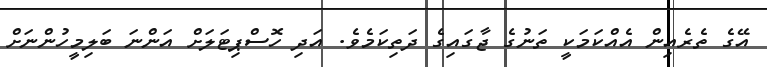
އޭގެ ތެރެއިން އެއްކަމަކީ ތަނުގެ ޖާގައިގެ ދަތިކަމެވެ. އަދި ހޮސްޕިޓަލަށް އަންނަ ބަލިމީހުންނަށް